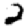
Digit: 2